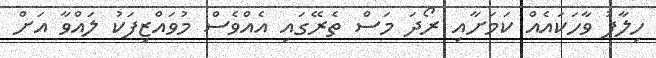
ހިލާފު ވާހަކައެއް ކަމަށާއި ރޯދަ މަސް ތެރޭގައި އެއްވެސް މުވައްޒިފަކު ލައްވާ އަށް